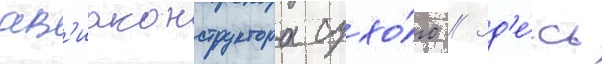
ав'иаконструктора сухо́го // Зд'е́сь